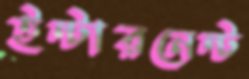
ইন্টারনেন্ট